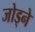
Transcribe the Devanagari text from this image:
जोड्ने